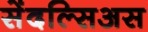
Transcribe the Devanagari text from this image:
सेंदल्सिअस